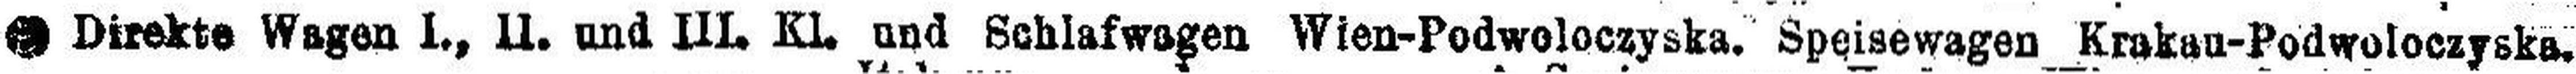
### Direkte Wagen I., II. and III, Kl. und Schlafwagen Wien-Podwoloczyska. Speisewagen Krakau-Podwoloczyska.